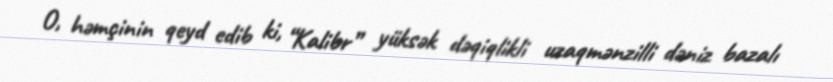
O, həmçinin qeyd edib ki, “Kalibr” yüksək dəqiqlikli uzaqmənzilli dəniz bazalı